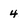
Character: 4